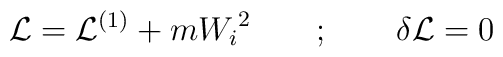
{\cal L} = {\cal L}^{(1)} + m{W_i}^2  \quad\quad;\quad\quad   \delta{\cal L} = 0